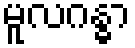
မူလဂန္ဓာ